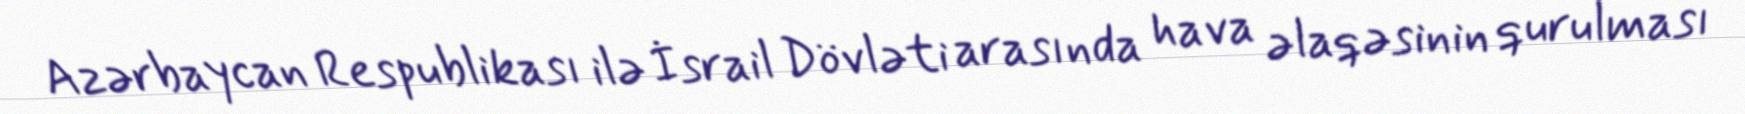
Azərbaycan Respublikası ilə İsrail Dövləti arasında hava əlaqəsinin qurulması